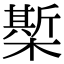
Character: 𣚄